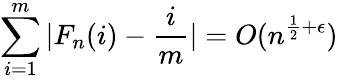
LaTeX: \sum_{i=1}^{m}|F_{n}(i)-{\frac{i}{m}}|=O(n^{{\frac{1}{2}}+\epsilon})